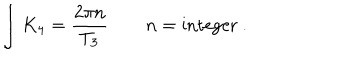
\int K _ { 4 } = { \frac { 2 \pi n } { T _ { 3 } } } \qquad n = \mathrm { i n t e g e r } \ .